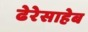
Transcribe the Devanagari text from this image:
ढेरेसाहेब